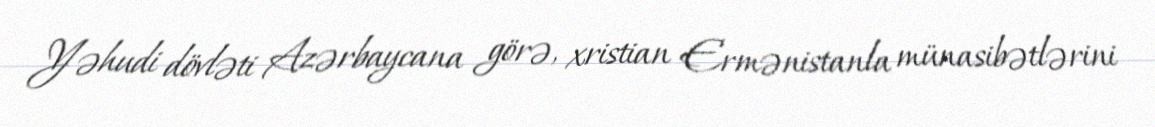
Yəhudi dövləti Azərbaycana görə, xristian Ermənistanla münasibətlərini